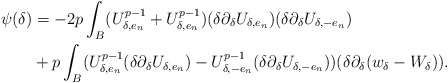
\begin{align*}\psi(\delta)&=-2p \int_{B} (U_{\delta,e_n}^{p-1}+U_{\delta,e_n}^{p-1})(\delta \partial_\delta U_{\delta,e_n})(\delta \partial_\delta U_{\delta,-e_n})\\&+p\int_{B} (U_{\delta,e_n}^{p-1}(\delta \partial_\delta U_{\delta,e_n})-U_{\delta,-e_n}^{p-1}(\delta \partial_\delta U_{\delta,-e_n}))(\delta \partial_\delta(w_\delta-W_\delta)).\end{align*}